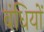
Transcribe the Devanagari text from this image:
बंधियों